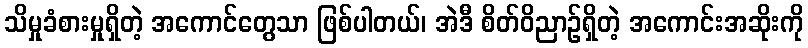
သိမှုခံစားမှုရှိတဲ့ အကောင်တွေသာ ဖြစ်ပါတယ်၊ အဲဒီ စိတ်ဝိညာဉ်ရှိတဲ့ အကောင်းအဆိုးကို